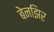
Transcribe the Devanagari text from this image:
बेनझिर